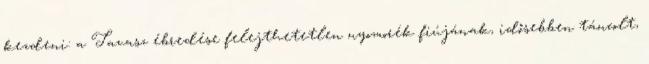
kezdeni: a Tavasz ébredése felejthetetlen nyomorék fiújának, idősebben táncolt,